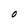
Character: O